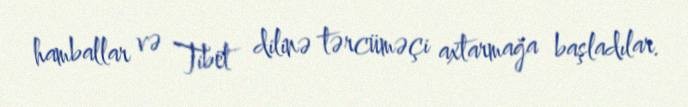
hamballar və Tibet dilinə tərcüməçi axtarmağa başladılar.